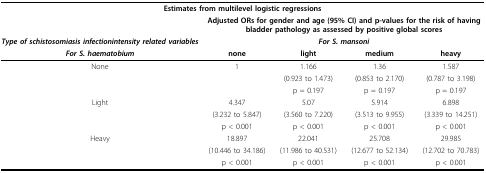
<table><thead><tr><td colspan="5"><b>Estimates from multilevel logistic regressions</b></td></tr><tr><td></td><td colspan="4"><b>Adjusted ORs for gender and age (95% CI) and p-values for the risk of having bladder pathology as assessed by positive global scores</b></td></tr><tr><td><b><i>Type of schistosomiasis infectionintensity related variables</i></b></td><td colspan="4"><b><i>For S. mansoni</i></b></td></tr><tr><td><b><i>For S. haematobium</i></b></td><td><b>none</b></td><td><b>light</b></td><td><b>medium</b></td><td><b>heavy</b></td></tr></thead><tbody><tr><td>None</td><td>1</td><td>1.166</td><td>1.36</td><td>1.587</td></tr><tr><td></td><td></td><td>(0.923 to 1.473)</td><td>(0.853 to 2.170)</td><td>(0.787 to 3.198)</td></tr><tr><td></td><td></td><td>p = 0.197</td><td>p = 0.197</td><td>p = 0.197</td></tr><tr><td>Light</td><td>4.347</td><td>5.07</td><td>5.914</td><td>6.898</td></tr><tr><td></td><td>(3.232 to 5.847)</td><td>(3.560 to 7.220)</td><td>(3.513 to 9.955)</td><td>(3.339 to 14.251)</td></tr><tr><td></td><td>p &lt; 0.001</td><td>p &lt; 0.001</td><td>p &lt; 0.001</td><td>p &lt; 0.001</td></tr><tr><td>Heavy</td><td>18.897</td><td>22.041</td><td>25.708</td><td>29.985</td></tr><tr><td></td><td>(10.446 to 34.186)</td><td>(11.986 to 40.531)</td><td>(12.677 to 52.134)</td><td>(12.702 to 70.783)</td></tr><tr><td></td><td>p &lt; 0.001</td><td>p &lt; 0.001</td><td>p &lt; 0.001</td><td>p &lt; 0.001</td></tr></tbody></table>